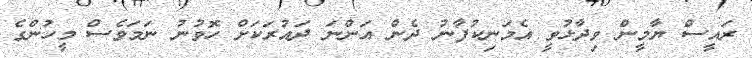
ރައީސް ޔާމީން ވިދާޅުވީ އެމަނިކުފާނު ދެން އަންނަ ދައުރަކަށް ހޮވުނު ނަމަވެސް މީހުންގެ